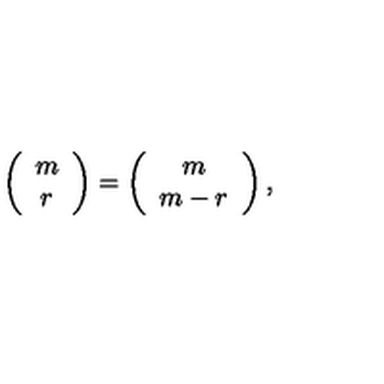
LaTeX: \left( \begin{array} { c } { m } \\ { r } \\ \end{array} \right) = \left( \begin{array} { c } { m } \\ { m - r } \\ \end{array} \right) ,